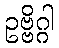
ဥဗ္ဗိဂ္ဂါ